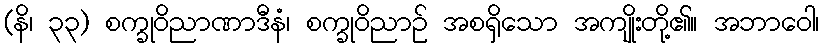
(နိ၊ ၃၃) စက္ခုဝိညာဏာဒီနံ၊ စက္ခုဝိညာဉ် အစရှိသော အကျိုးတို့၏။ အဘာဝေါ၊